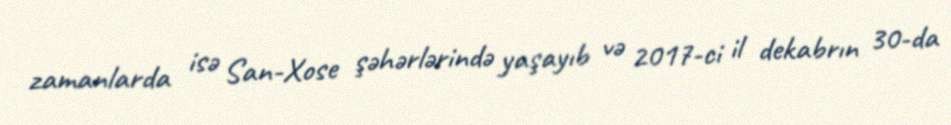
zamanlarda isə San-Xose şəhərlərində yaşayıb və 2017-ci il dekabrın 30-da